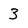
Character: 3